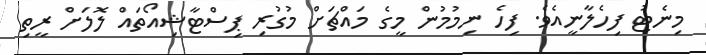
މިނެޓު ފިހެލާނީއެވެ. ފިހެ ނިމުމުން މީގެ މައްޗަށް މުގުރި ޕިސްޓާޝިއޯތައް ލޮލަށް ރީތި